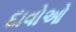
દાવોઓ